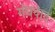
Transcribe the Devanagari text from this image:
गंधवाद